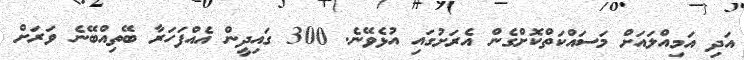
އަދި އަމިއްލައަށް މަސައްކަތްކޮށްގެން އެރަށުގައި އުޅެވޭނެ. 300 ގައިދީން އެއްފަހަރާ ބޭތިއްބޭނެ ވަރަށް